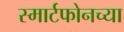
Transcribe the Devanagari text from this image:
स्मार्टफोनच्या